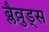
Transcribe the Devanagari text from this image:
ब्लैव़ुड्स